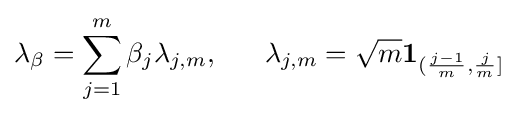
\lambda _{\beta }=\sum _{j=1}^{m}\beta _{j}\lambda _{j,m},\;\;\;\;\;\;\lambda _{j,m}={\sqrt {m}}\mathbf {1} _{({\frac {j-1}{m}},{\frac {j}{m}}]}